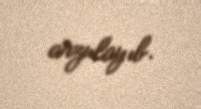
arzulayıb.